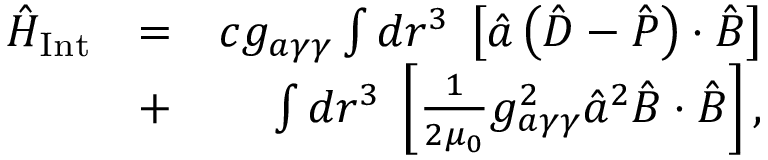
\begin{array} { r l r } { \hat { H } _ { \mathrm { I n t } } } & { = } & { c g _ { a \gamma \gamma } \int d \boldsymbol r ^ { 3 } \; \left[ \hat { a } \left( \hat { \boldsymbol D } - \hat { \boldsymbol P } \right) \cdot \hat { \boldsymbol B } \right] } \\ & { + } & { \int d \boldsymbol r ^ { 3 } \; \left[ \frac { 1 } { 2 \mu _ { 0 } } g _ { a \gamma \gamma } ^ { 2 } \hat { a } ^ { 2 } \hat { \boldsymbol B } \cdot \hat { \boldsymbol B } \right] , } \end{array}